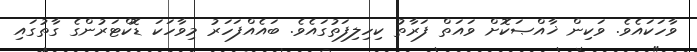
ވާހަކައެވެ. ވަކިން ޚާއްޞަކޮށް ވައަތް ފަރާތު ކިހިލިފަތުގައެވެ. ބައެއްފަހަރު މިވާހަކަ ޑޮކްޓަރުންގެ ގާތުގައި